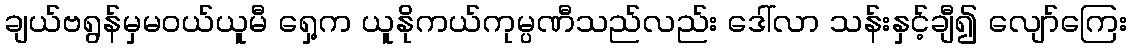
ချယ်ဗရွန်မှမဝယ်ယူမီ ရှေ့က ယူနိုကယ်ကုမ္ပဏီသည်လည်း ဒေါ်လာ သန်းနှင့်ချီ၍ လျော်ကြေး